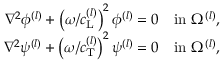
\begin{array} { r } { \nabla ^ { 2 } \phi ^ { ( l ) } + \left( { \omega / c _ { \mathrm { L } } ^ { ( l ) } } \right) ^ { 2 } \phi ^ { ( l ) } = 0 \quad \mathrm { i n ~ } \Omega ^ { ( l ) } , } \\ { \nabla ^ { 2 } \psi ^ { ( l ) } + \left( { \omega / c _ { \mathrm { T } } ^ { ( l ) } } \right) ^ { 2 } \psi ^ { ( l ) } = 0 \quad \mathrm { i n ~ } \Omega ^ { ( l ) } , } \end{array}